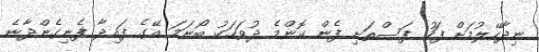
ނިދާހޭލުމަށް ފަހު ފަސްތަށި ފެން ކޮންމެ ދުވަހަކު ބޯނަމަ އޭގެ ފައިދާ ފެނިގެންދާނެ